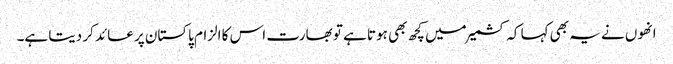
انھوں نے یہ بھی کہا کہ کشمیرمیں کچھ بھی ہوتا ہے تو بھارت اس کا الزام پاکستان پر عائد کر دیتا ہے۔